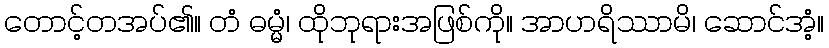
တောင့်တအပ်၏။ တံ ဓမ္မံ၊ ထိုဘုရားအဖြစ်ကို။ အာဟရိဿာမိ၊ ဆောင်အံ့။